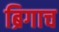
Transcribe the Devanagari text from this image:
ब्रिगाच